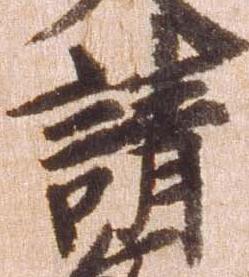
請